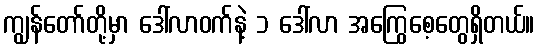
ကျွန်တော်တို့မှာ ဒေါ်လာဝက်နဲ့ ၁ ဒေါ်လာ အကြွေစေ့တွေရှိတယ်။